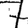
Digit: 7